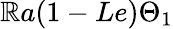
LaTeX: \mathbb{R}a(1-Le)\Theta_{1}